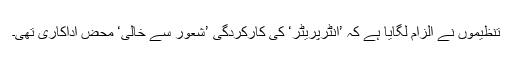
تنظیموں نے الزام لگایا ہے کہ ’انٹرپریٹر‘ کی کارکردگی ’شعور سے خالی‘ محض اداکاری تھی۔